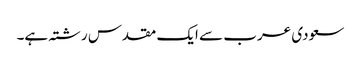
سعودی عرب سے ایک مقدس رشتہ ہے۔